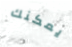
يمكنك